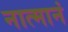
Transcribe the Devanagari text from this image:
नात्मानं